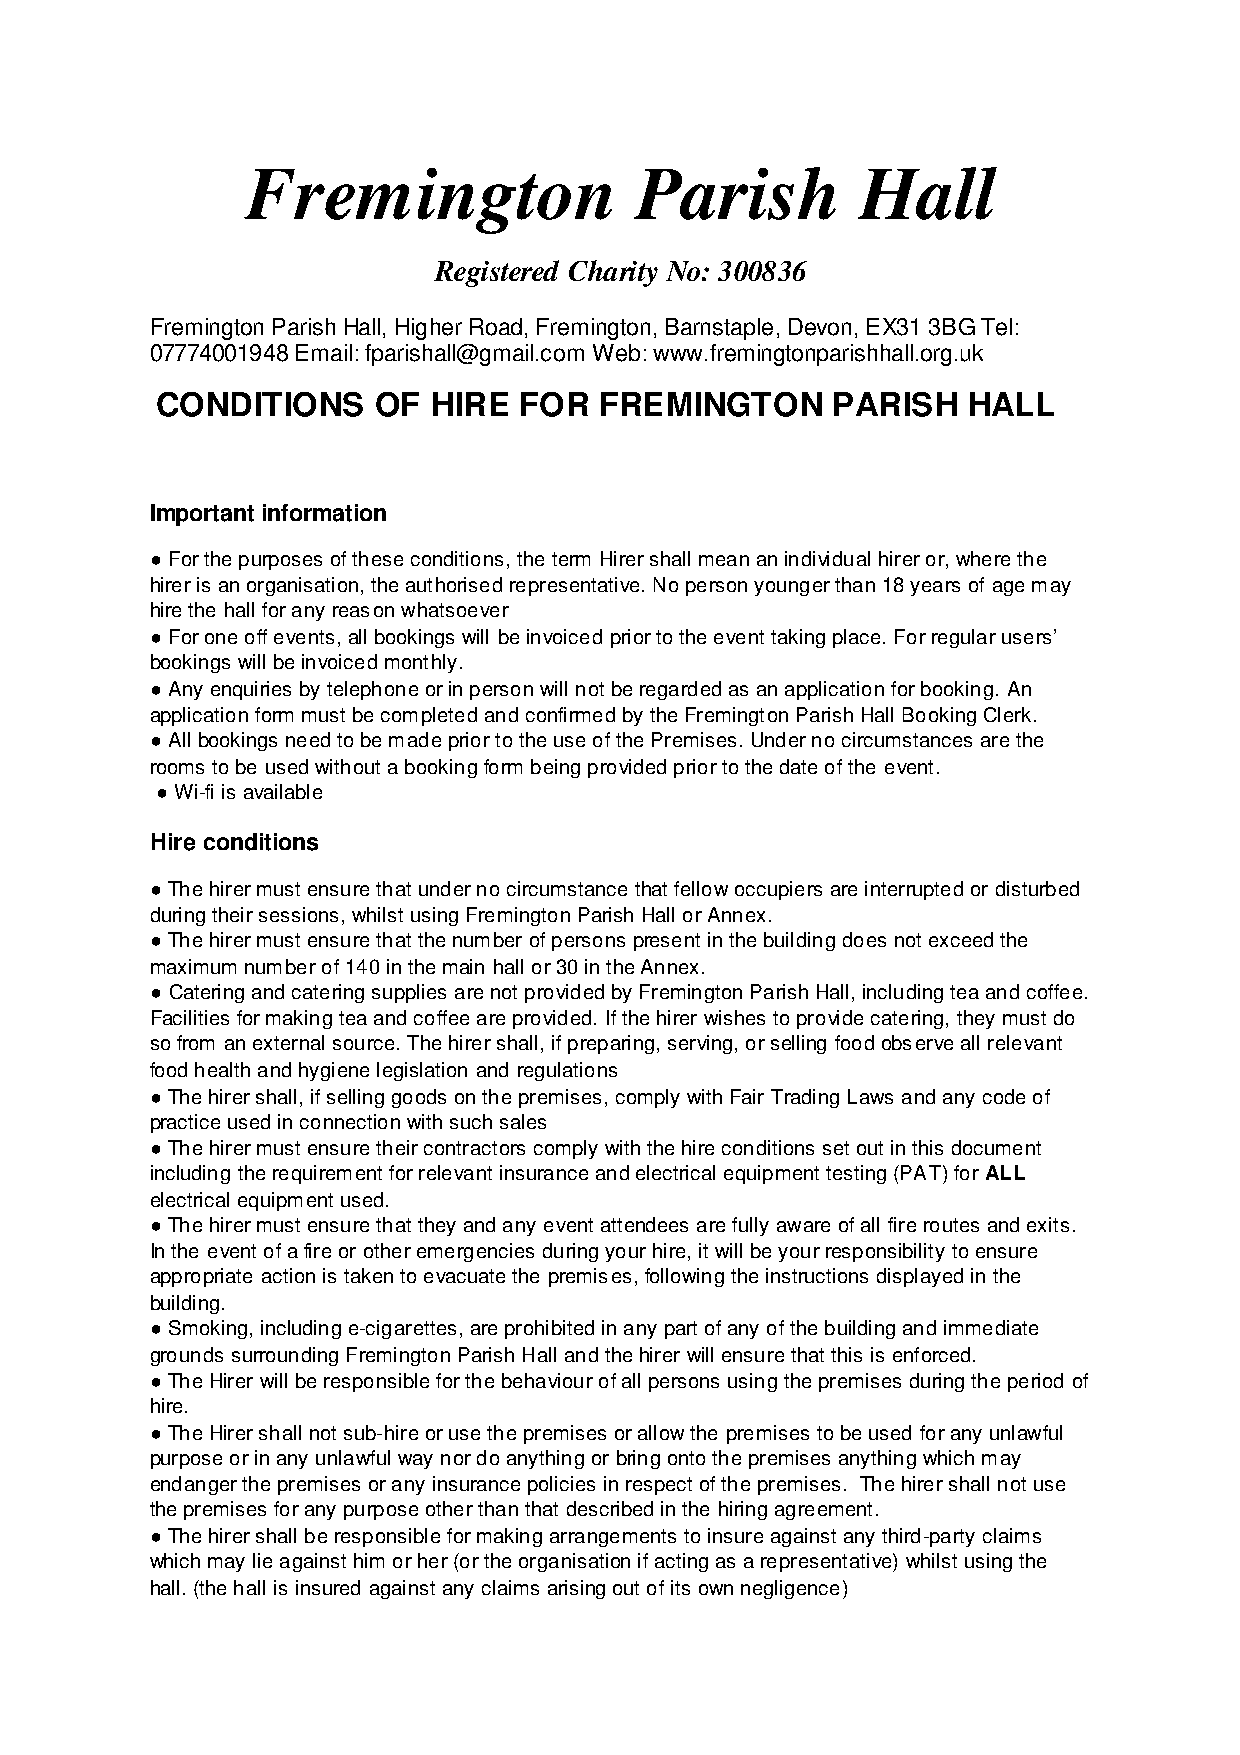
Fremington                Parish         Hall
 Registered Charity No: 300836
 Fremington Parish Hall, Higher Road, Fremington, Barnstaple, Devon, EX31 3BG Tel:
 07774001948 Email: fparishall@gmail.com Web: www.fremingtonparishhall.org.uk
 CONDITIONS     OF  HIRE FOR   FREMINGTON     PARISH   HALL
 Important information
 ● For the purposes of these conditions, the term Hirer shall mean an individual hirer or, where the
 hirer is an organisation, the authorised representative. No person younger than 18 years of age may
 hire the hall for any reason whatsoever
 ● For one off events, all bookings will be invoiced prior to the event taking place. For regular users’
 bookings will be invoiced monthly.
 ● Any enquiries by telephone or in person will not be regarded as an application for booking. An
 application form must be completed and confirmed by the Fremington Parish Hall Booking Clerk.
 ● All bookings need to be made prior to the use of the Premises. Under no circumstances are the
 rooms to be used without a booking form being provided prior to the date of the event.
 ● Wi-fi is available
 Hire conditions
 ● The hirer must ensure that under no circumstance that fellow occupiers are interrupted or disturbed
 during their sessions, whilst using Fremington Parish Hall or Annex.
 ● The hirer must ensure that the number of persons present in the building does not exceed the
 maximum number of 140 in the main hall or 30 in the Annex.
 ● Catering and catering supplies are not provided by Fremington Parish Hall, including tea and coffee.
 Facilities for making tea and coffee are provided. If the hirer wishes to provide catering, they must do
 so from an external source. The hirer shall, if preparing, serving, or selling food observe all relevant
 food health and hygiene legislation and regulations
 ● The hirer shall, if selling goods on the premises, comply with Fair Trading Laws and any code of
 practice used in connection with such sales
 ● The hirer must ensure their contractors comply with the hire conditions set out in this document
 including the requirement for relevant insurance and electrical equipment testing (PAT) for ALL
 electrical equipment used.
 ● The hirer must ensure that they and any event attendees are fully aware of all fire routes and exits.
 In the event of a fire or other emergencies during your hire, it will be your responsibility to ensure
 appropriate action is taken to evacuate the premises, following the instructions displayed in the
 building.
 ● Smoking, including e-cigarettes, are prohibited in any part of any of the building and immediate
 grounds surrounding Fremington Parish Hall and the hirer will ensure that this is enforced.
 ● The Hirer will be responsible for the behaviour of all persons using the premises during the period of
 hire.
 ● The Hirer shall not sub-hire or use the premises or allow the premises to be used for any unlawful
 purpose or in any unlawful way nor do anything or bring onto the premises anything which may
 endanger the premises or any insurance policies in respect of the premises. The hirer shall not use
 the premises for any purpose other than that described in the hiring agreement.
 ● The hirer shall be responsible for making arrangements to insure against any third-party claims
 which may lie against him or her (or the organisation if acting as a representative) whilst using the
 hall. (the hall is insured against any claims arising out of its own negligence)